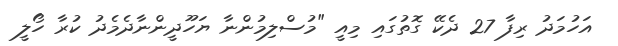
އަހުމަދު ރިފާ 27 ދެކޭ ގޮތުގައި މިއީ "މުސްލިމުންނާ ޔަހޫދީންނާދެމެދު ކުރާ ހޯލީ